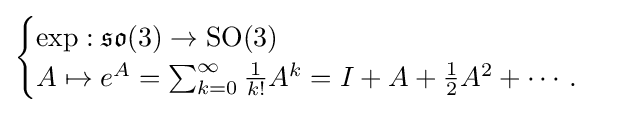
{\begin{cases}\exp :{\mathfrak {so}}(3)\to \operatorname {SO} (3)\\A\mapsto e^{A}=\sum _{k=0}^{\infty }{\frac {1}{k!}}A^{k}=I+A+{\tfrac {1}{2}}A^{2}+\cdots .\end{cases}}